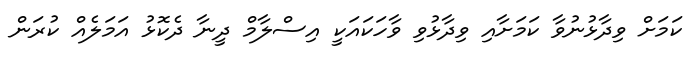
ކަމަށް ވިދާޅުނުވާ ކަމަށާއި ވިދާޅުވި ވާހަކައަކީ އިސްލާމް ދީނާ ދެކޮޅު އަމަލެއް ކުރަން